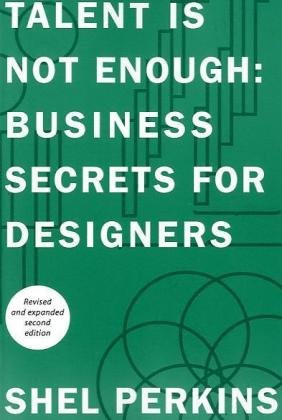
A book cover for Talent Is Not Enough: Business Secrets For Designers (2nd Edition) (Voices That Matter); Shel Perkins; Arts & Photography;